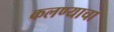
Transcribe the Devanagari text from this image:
कलण्याचा